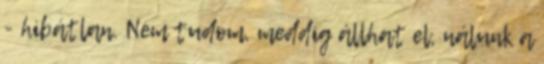
- hibátlan. Nem tudom, meddig állhat el, nálunk a